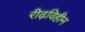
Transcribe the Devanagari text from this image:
रीढ़विहीन